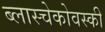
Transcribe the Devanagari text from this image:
ब्लास्चेकोवस्की